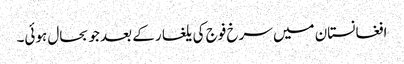
افغانستان میں سرخ فوج کی یلغار کے بعد جو بحال ہوئی۔